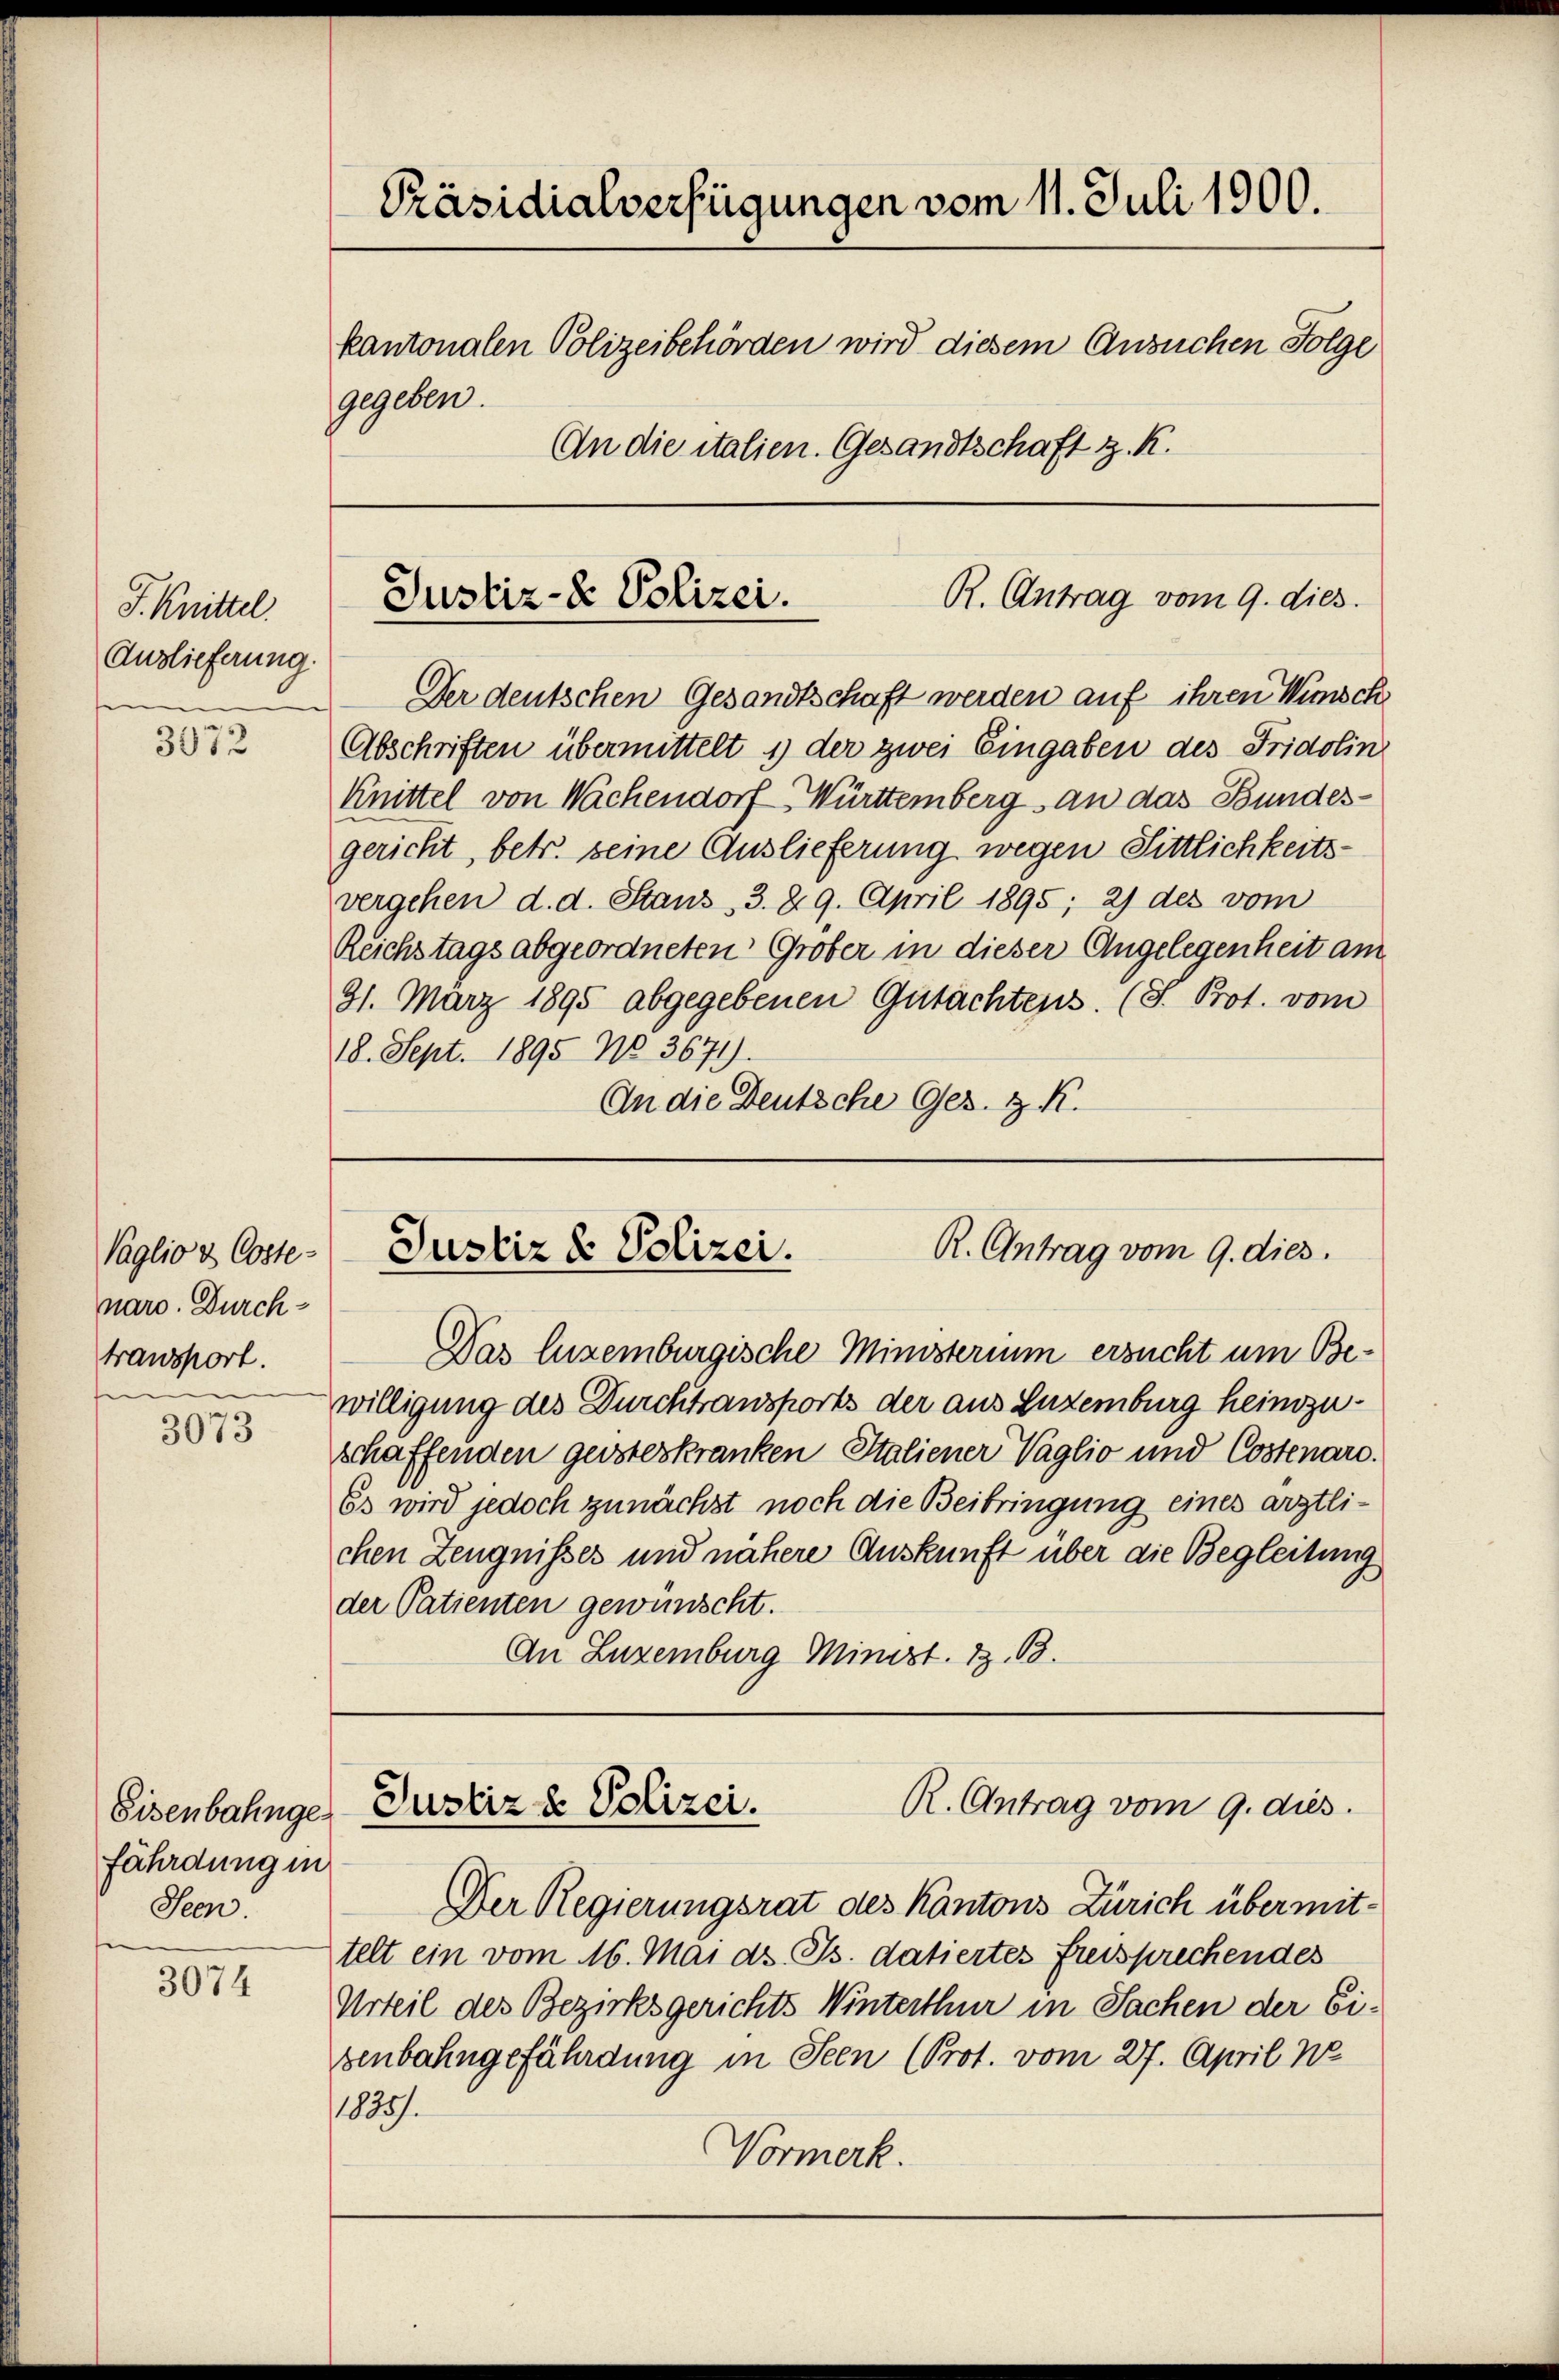
J. Knittel.
Auslieferung.
e

3072

Vaglio & Coste
nare. Durchtransport.
e

3073

fährdung in
Seen

3074

Präsidialverfügungen vom 11. Juli 1900.
kantonalen Polizeibehörden wird diesem Ansuchen Folge
gegeben.
An die italien. Gesandtschaft z. R.

R. Antrag vom 9. dies
Justiz- & Polizei.

Der deutschen Gesandtschaft werden auf ihren Wünsch
Abschriften übermittelt 1) der zwei Eingaben des Fridolin
Knittel von Wachendorf Württemberg an das Bundesgericht, betr. seine Auslieferung wegen Sittlichkeitsvergehen d. d. Staus 3. 29. April 1895; 2) des vom
Reichstags abgeordneten Grober in dieser Angelegenheit am
91. März 1895 abgegebenen Gutachtens. (T. Prot. vom
18. Sept. 1895 No 3671).
An die Deutsche Ges. z. R.

R. Antrag vom 9. dies.
Justiz & Polizei.

R. Antrag vom 9. dies
Eisenbahnges Justiz & Polizei.

Das luzemburgische Ministerium ersucht um Bewilligung des Durchtransports der aus Luzemburg heinzuschaffenden geisteskranken Italiener Vaglio und Costenare.
Es wird jedoch zunächst noch die Beibringung eines ärztlichen Zeugnisses und nähere Auskunft über die Begleitung
der Patienten gewünscht.
An Luzemburg Minist. Z. B.

Der Regierungsrat des Kantons Zürich übermittelt ein vom 16. Mai d. Js. datiertes Freisprechendes
Urteil des Bezirksgerichts Winterthur in Sachen der Ei-
senbahngefährdung in Seen (Prot. vom 27. April W
1835.
Vormerk.